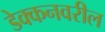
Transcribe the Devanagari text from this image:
डेक्कनवरील